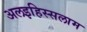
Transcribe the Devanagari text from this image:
अलइहिस्सलाम